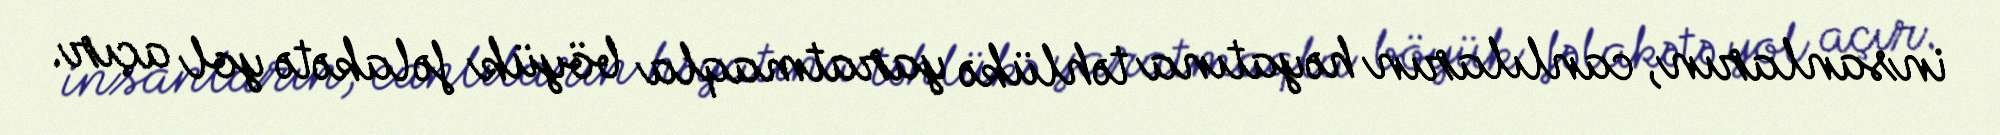
insanların, canlıların həyatına təhlükə yaratmaqla böyük fəlakətə yol açır.